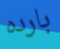
بارده